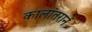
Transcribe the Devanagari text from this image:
कालांतरानें